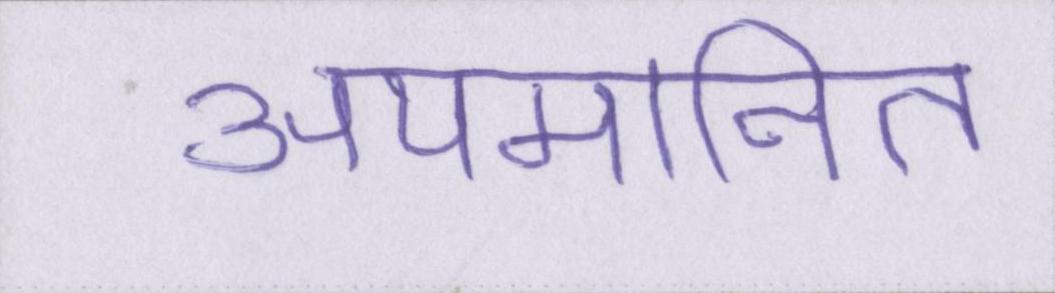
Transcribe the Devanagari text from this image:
अपमानित